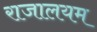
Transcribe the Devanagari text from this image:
राजालयम